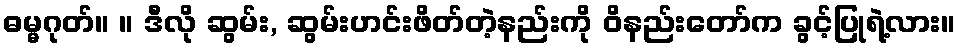
ဓမ္မဂုတ်။ ။ ဒီလို ဆွမ်း, ဆွမ်းဟင်းဖိတ်တဲ့နည်းကို ဝိနည်းတော်က ခွင့်ပြုရဲ့လား။